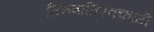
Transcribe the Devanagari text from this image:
तिरुवातिरक्कळी